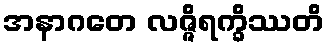
အနာဂတေ လဇ္ဇိရက္ခိဿတိ